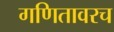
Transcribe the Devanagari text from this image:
गणितावरच